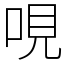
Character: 哯